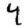
Digit: 4